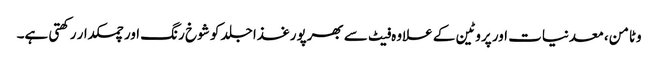
وٹامن، معدنیات اور پروٹین کے علاوہ فیٹ سے بھرپورغذا جلد کو شوخ رنگ اور چمکدار رکھتی ہے۔